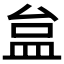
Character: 𥁐